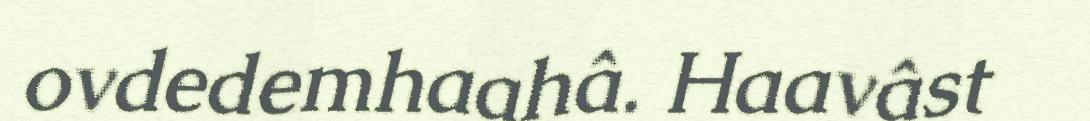
ovdedemhaahâ. Haavâst